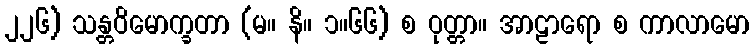
၂၂၆) သန္တဝိမောက္ခတာ (မ။ နိ။ ၁။၆၆) စ ဝုတ္တာ။ အာဠာရော စ ကာလာမော